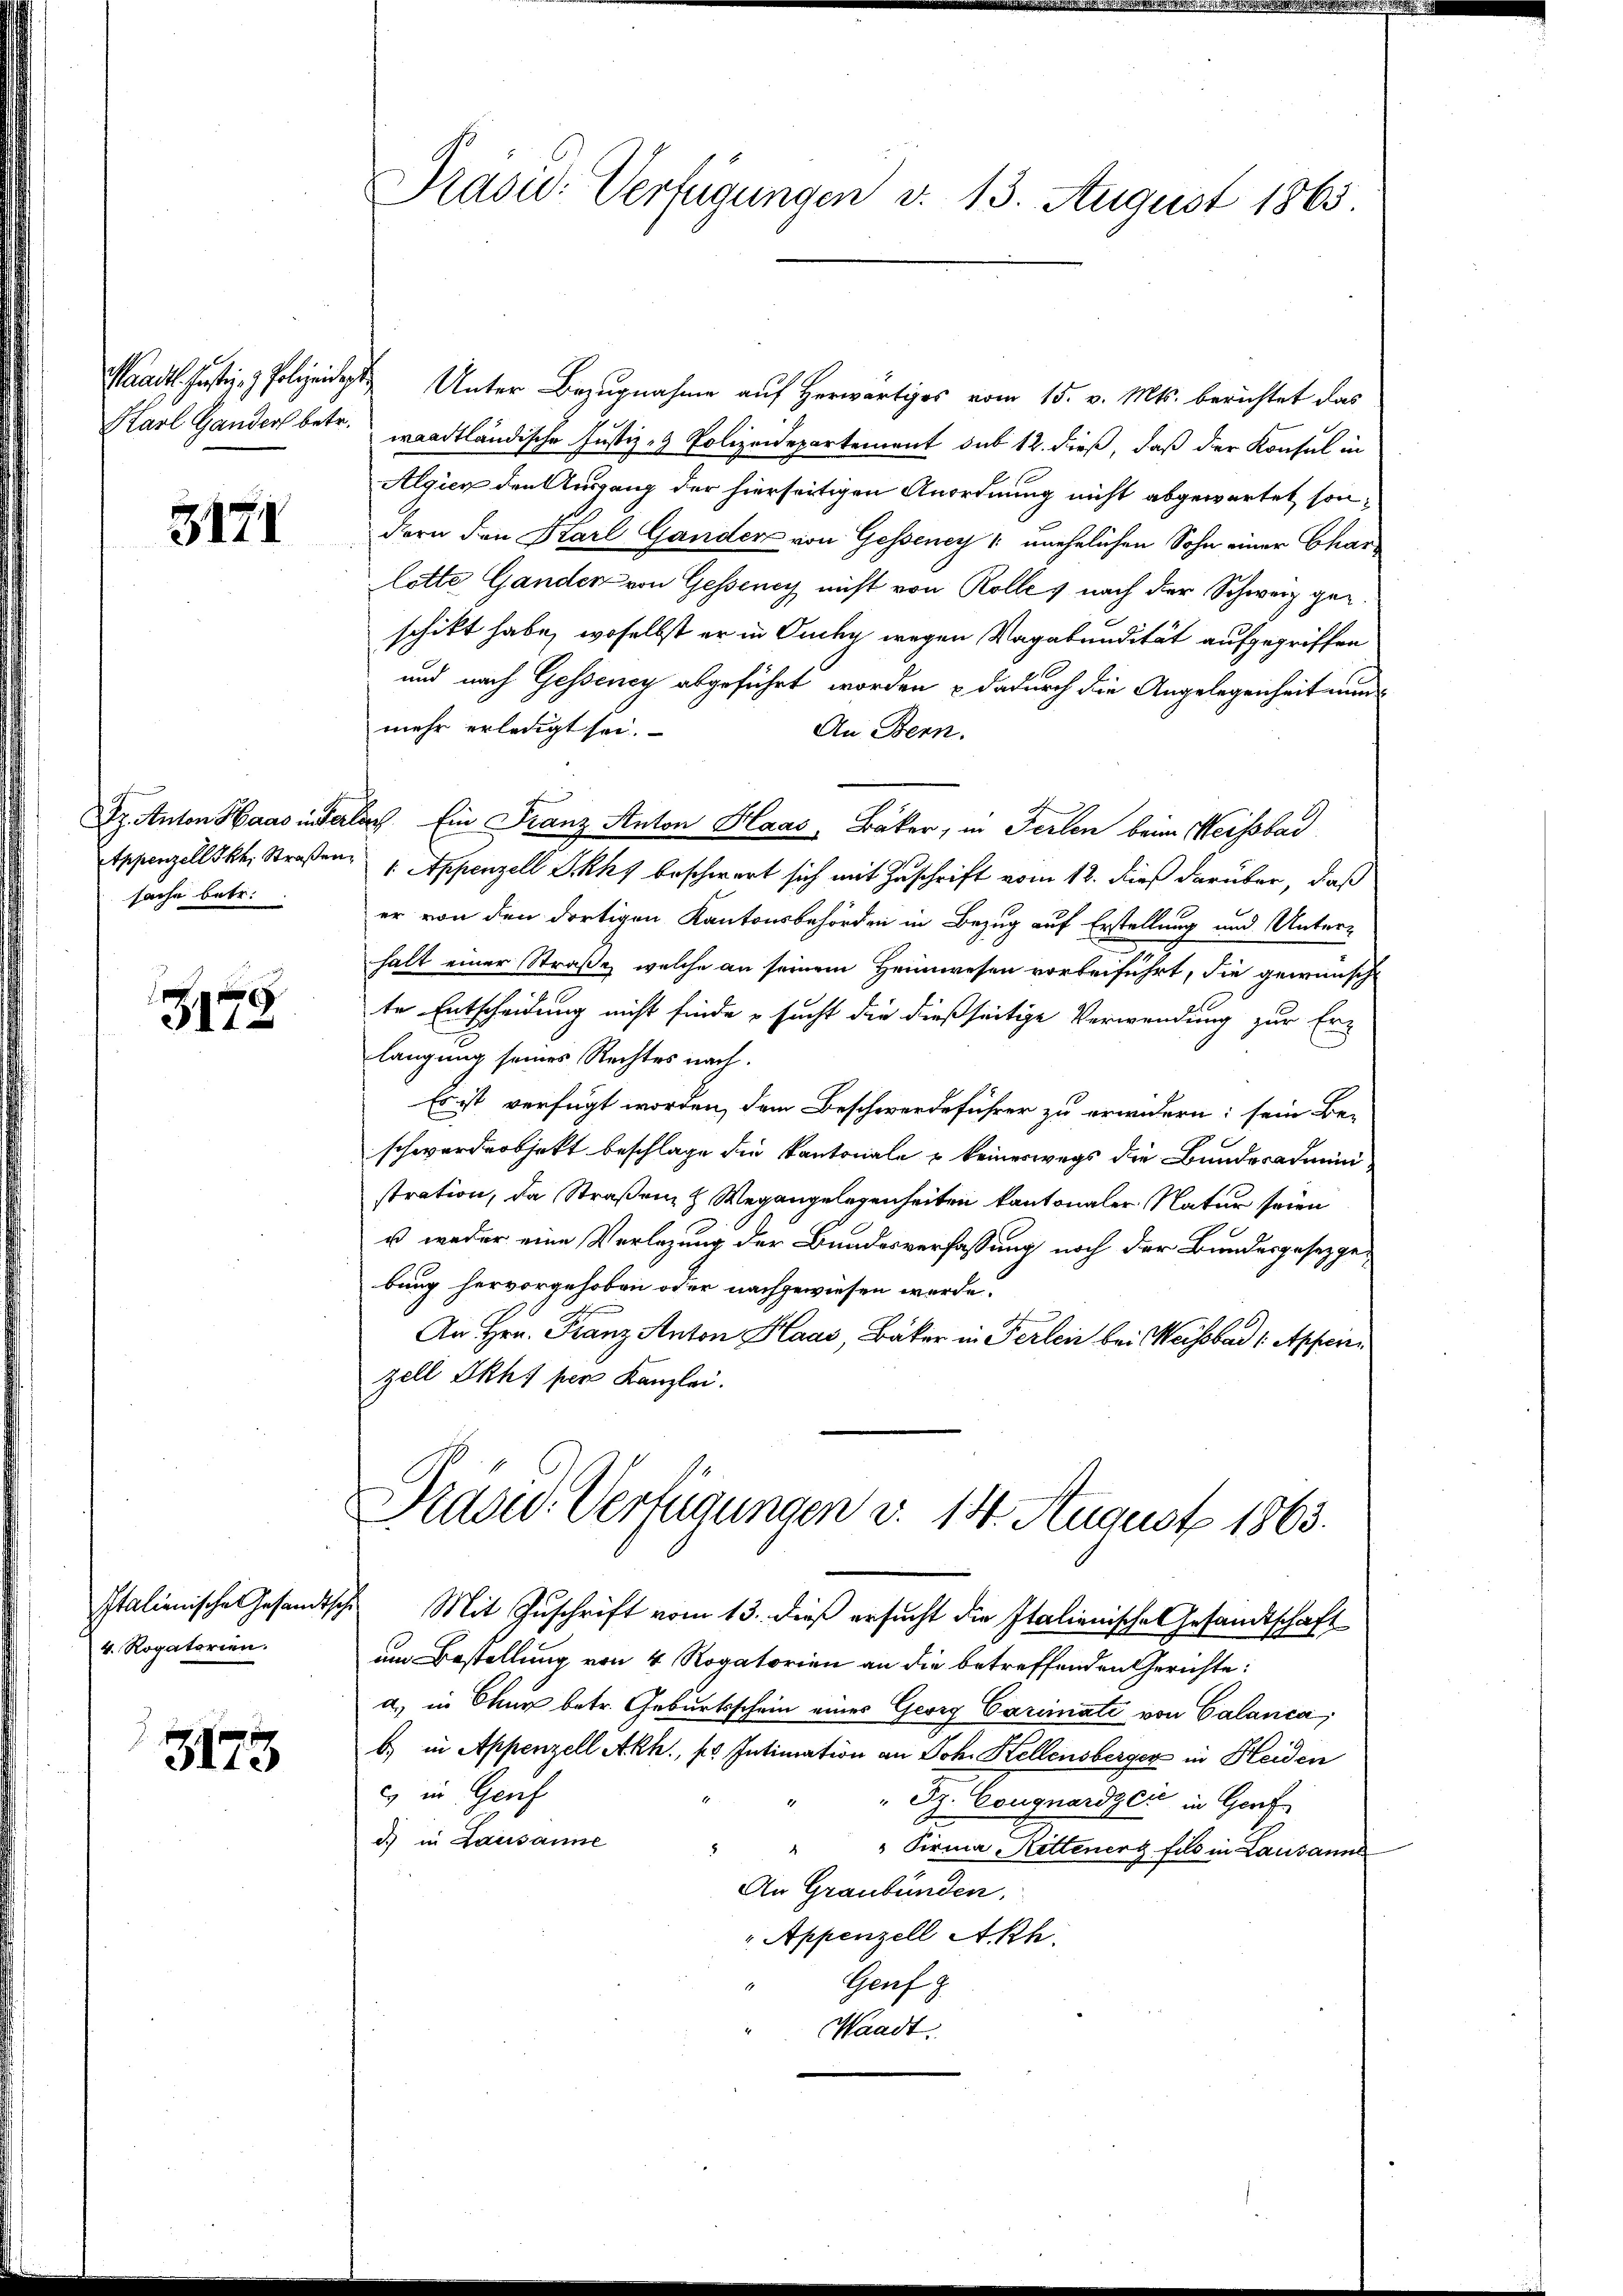
Karl Ganders betr.

3171

I. Anton Haas inter
sache betr.

3178

Italienische Gesandtsc
4. Rogatorien.

3173

Präsid. Verfügungen d. 13. August 1865.

Waadt. Justiz- & Polizeide Unter Bezugnahme auf Herwärtiges vom 15. v. Mts. berichtet das
waadtländische Justiz- & Polizeidepartement sub 12. dieß, daß der Konsul in
Algien den Ausgang der hierseitigen Anordnung nicht abgewartet sondern den Karl Gander von Gesseney, unehelichen Sohn einer Charflotte Ganden von Gessene nicht von Rolles nach der Schweiz geschikt habe, woselbst er in Ouchy wegen Vagabendität aufgegriffen
und nach Gesseney abgeführt worden & dadurch die Angelegenheit nun
mehr erledigt sei.
An Bern.
la. Ein Franz Anton Haas, Bäker, in Ferlen beim Weisbad
Appenzellskh. Straßen 1. Appenzell Ickky beschwert sich mit Zuschrift vom 12. dieß darüber, daß
er von den dortigen Kantonsbehörden in Bezug auf Erstellung und Unter-
halt einer Straße, welche an seinem Heimwesen vorbeiführt, die gewünscht
te Entscheidung nicht finde – sucht die dießseitige Verwendung zur Er-
langung seines Rechtes nach.
Es ist verfügt worden, dem Beschwerdeführer zu erwidern: sein Be-
schwerdeobjekt beschlage die Kantonale u keineswegs die Bundesadmini
stration, da Straßen Wegangelegenheiten kantonaler Natur seien
u weder eine Verlegung der Bundesverfassung noch der Bundesgesetzge-
bung hervorgehoben oder nachgewiesen werde.
An Hrn. Franz Anton Haas, Bäker in Perlei bei Meisbar ( Apfeiri
zell Ikh, per Kanzlei.

Prade. Verfügungen v. 14. August 1863.

Ich. Mit Zuschrift vom 13. dieß ersucht die Italienische Gesandtschaft
am Bestellung von 4 Rogatorien an die betreffenden Gerichte:
a) in Chur betr. Geburtsschein eines Georg Carimate von Calanca,
b) in Appenzell Akh., so Intimation an Joh. Kellensberger in Heiden
c in Genf
" Sz. Cougnardici in Gorf
d) in Lausanne
" Firma Kettener fils in Lausanne
An Graubünden.
" Appenzell Akh.
Genf z
1
Waadt.
.